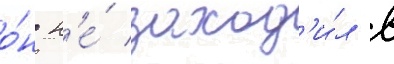
о́н н'е́ заход'и́л в